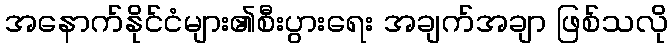
အနောက်နိုင်ငံများ၏စီးပွားရေး အချက်အချာ ဖြစ်သလို